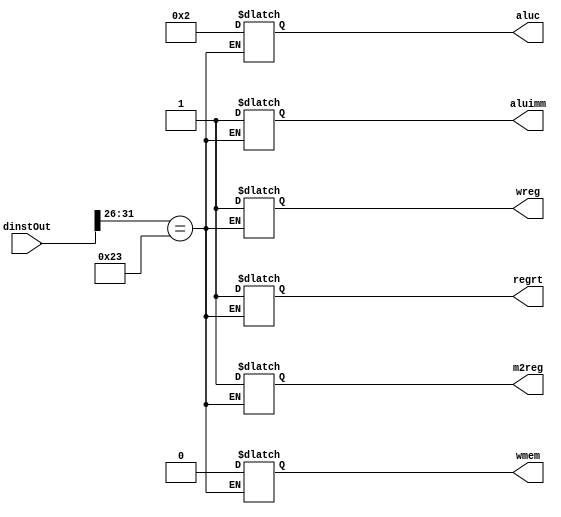
`timescale 1ns / 1ps
//////////////////////////////////////////////////////////////////////////////////
// Company: 
// Engineer: 
// 
// Design Name: 
// Module Name: controlUnit
// Project Name: 
// Target Devices: 
// Tool Versions: 
// Description: 
// 
// Dependencies: 
// 
// Revision:
// Revision 0.01 - File Created
// Additional Comments:
// 
//////////////////////////////////////////////////////////////////////////////////


module controlUnit(dinstOut, wreg, m2reg, wmem, aluc, aluimm, regrt);
    input wire [31:0] dinstOut;
    //input wire [5:0] op;
    //input wire [5:0] func;
    output reg wreg; //write register ..... if 1 we write to one of 32 registers in regFile
    output reg m2reg; //memory to register .... if wreg is 0 then this doesn't matter
    output reg wmem; //write memory .....if 1 we are writing to data memory, for now it is 0
    output reg [3:0] aluc; //ALU control ....operation to execute on the ALU .... for now will be 2 to represent add function
    output reg aluimm; //ALU immediate .... if 1 we use sign-ext imm in the ALU, if 0 we use qb in ALU
    output reg regrt; //register rt ... if wreg is 1 this doesn't matter .... if 1 we want to write to address of rt, if 0 we write to address of rd -> both in regFile
    
    reg [5:0] op; //first 6 bits of dinstOut
    reg [5:0] func; //last 6 bits of dinstOut
    
    always @(dinstOut) begin
         op = dinstOut[31:26];
         func= dinstOut[5:0];
        case (op)
            /*
            6'b000000:
                begin
                    case (func)
                        6'b100000: //ADD instruction
                            begin
                            //setting values of control signals for ADD
                                wreg = 1'b0;
                                m2reg = 1'b0;
                                wmem = 1'b0;
                                aluc = 4'b0010;
                                aluimm = 1'b0;
                                regrt = 1'b0;
                            end
                    endcase
                end
            */
            6'b100011: //LW
                begin
                    //Setting values for control signals for LW instruction
                    wreg <= 1'b1;
                    m2reg <= 1'b1;
                    wmem <= 1'b0;
                    aluc <= 4'b0010;
                    aluimm <= 1'b1;
                    regrt <= 1'b1;
                end
        endcase
    end
    
    //regrtMux(dinstOut[20:16], dinstOut[15:11], regrt);   
    //registerFile(dinstOut[25:21], dinstOut[20:16]); 
endmodule